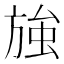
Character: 𭤽